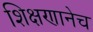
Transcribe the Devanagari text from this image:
शिक्षणानेच